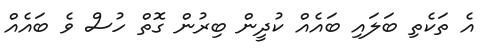
އެ ތަކެތި ބަލައި ބައެއް ކުދީން ބިރުން ގޮތް ހުސް ވެ ބައެއް